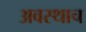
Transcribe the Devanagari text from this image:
अवस्थाच